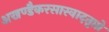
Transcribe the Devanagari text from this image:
अखण्डैकरसास्वादतृप्तो